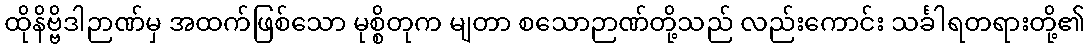
ထိုနိဗ္ဗိဒါဉာဏ်မှ အထက်ဖြစ်သော မုစ္စိတုက မျတာ စသောဉာဏ်တို့သည် လည်းကောင်း သင်္ခါရတရားတို့၏